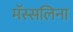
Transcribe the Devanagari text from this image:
मॅस्सलिना